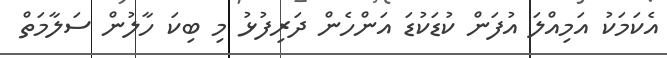
އެކަމަކު އަމިއްލަ އުފަން ކުޑަކުޑަ އަންހެން ދަރިފުޅު މި ބިކަ ހާލުން ސަލާމަތް